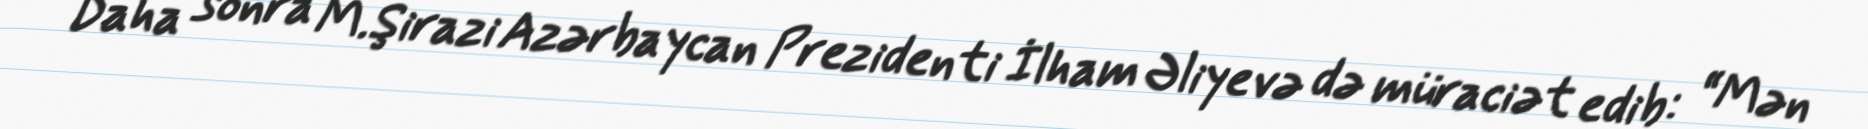
Daha sonra M.Şirazi Azərbaycan Prezidenti İlham Əliyevə də müraciət edib: “Mən